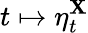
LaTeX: t\mapsto\eta_{t}^{\mathbf{X}}